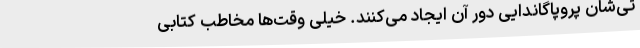
تی‌شان پروپاگاندایی دور آن ایجاد می‌کنند. خیلی وقت‌ها مخاطب کتابی